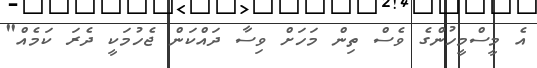
އެ މީސްމީހުންގެ ވެސް ތިން މަހަށް ވިސާ ދައްކަން ޖެހުމަކީ ދެރަ ކަމެއް"